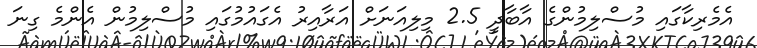
އެމެރިކާގައި މުސްލިމުންގެ އާބާދީ 2.5 މިލިއަނަށް އަރާއިރު އެގައުމުގައި މުސްލިމުން އެންމެ ގިނަ